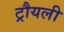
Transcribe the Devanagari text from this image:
ट्रौयली